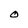
Character: O